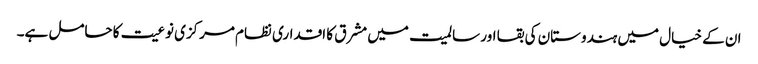
ان کے خیال میں ہندوستان کی بقا اور سالمیت میں مشرق کا اقداری نظام مرکزی نوعیت کا حامل ہے۔